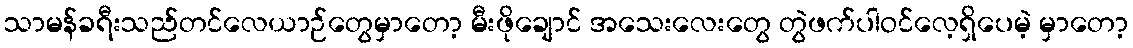
သာမန်ခရီးသည်တင်လေယာဉ်တွေမှာတော့ မီးဖိုချောင် အသေးလေးတွေ တွဲဖက်ပါဝင်လေ့ရှိပေမဲ့ မှာတော့